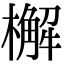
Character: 檞